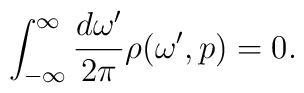
\int_{-\infty}^{\infty} \frac{d\omega'}{2\pi} \rho (\omega',p)=0.